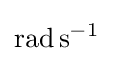
\mathrm {rad\,s^{-1}}